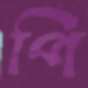
পি